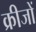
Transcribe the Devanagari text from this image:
क्रीजों